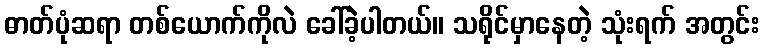
ဓာတ်ပုံဆရာ တစ်ယောက်ကိုလဲ ခေါ်ခဲ့ပါတယ်။ သရိုင်မှာနေတဲ့ သုံးရက် အတွင်း